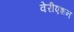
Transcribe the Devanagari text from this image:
वेरीएशन